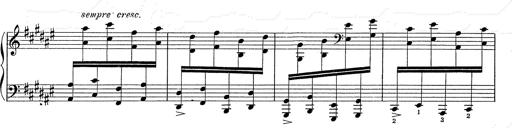
Title: Hungarian Rhapsody No.2
Composer: Franz Liszt
Key: C-sharp minor